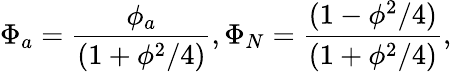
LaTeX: \Phi_{a}=\frac{{\phi_{a}}}{(1+\phi^{2}/4)},\Phi_{N}=\frac{{(1-\phi^{2}/4)}}{(1+\phi^{2}/4)},